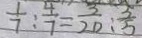
\frac { 1 } { 7 } : \frac { 4 } { 7 } = \frac { 3 } { 2 0 } : \frac { 3 } { 5 }